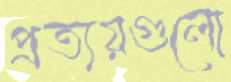
প্রত্যয়গুলো